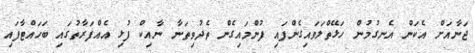
ޖަނާއަށް އެކަން އެނގުމުން ހަޅޭތްލަވައިގެންފައި ފުންމައިގެން ތެދުވިތަނާ ނާއިކް ފުޅި އެއްފަރާތުގައި ބަހައްޓާފައި